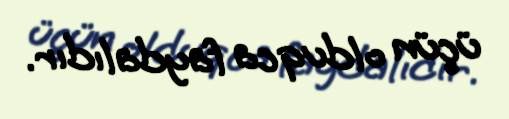
üçün olduqca faydalıdır.